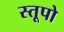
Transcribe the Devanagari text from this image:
स्‍तूपो